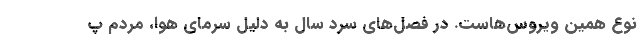
نوع همین ویروس‌هاست. در فصل‌های سرد سال به دلیل سرمای هوا، مردم پ